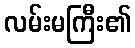
လမ်းမကြီး၏